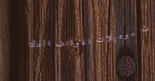
أحدث موديلات الهواتف الذك